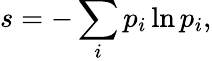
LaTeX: s=-\sum_{i}p_{i}\ln p_{i},